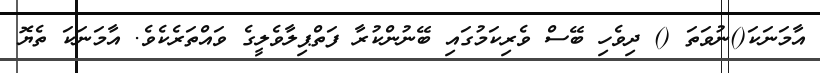
އާމަނަކަ()ނުވަތަ () ދިވެހި ބޭސް ވެރިކަމުގައި ބޭނުންކުރާ ފަތްޕިލާވެލީގެ ވައްތަރެކެވެ. އާމަނަކަ ތެޔޮ